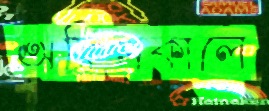
অফিসকালে